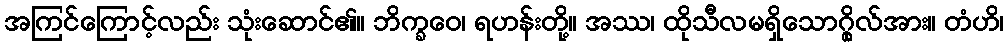
အကြင်ကြောင့်လည်း သုံးဆောင်၏။ ဘိက္ခဝေ၊ ရဟန်းတို့။ အဿ၊ ထိုသီလမရှိသောဂ္ဂိုလ်အား။ တံဟိ၊